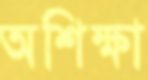
অশিক্ষা